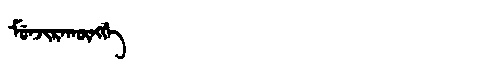
Manchu: ᠮᡠᠨᠵᡳᡵᠠᡴᡡᠩᡤᡝ
Romanization: MUNJIRAKŪNGGE